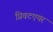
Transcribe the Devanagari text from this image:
प्रिवटएयर